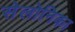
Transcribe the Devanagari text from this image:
सेलोनिका